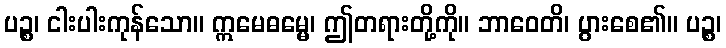
ပဉ္စ၊ ငါးပါးကုန်သော။ ဣမေဓမ္မေ၊ ဤတရားတို့ကို။ ဘာဝေတိ၊ ပွားစေ၏။ ပဉ္စ၊